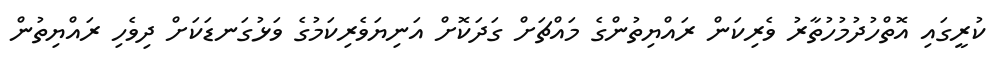
ކުރީގައި އޮތްހުދުމުހުތާރު ވެރިކަން ރައްޔިތުންގެ މައްޗަށް ގަދަކޮށް އަނިޔަވެރިކަމުގެ ވަޅުގަނޑަކަށް ދިވެހި ރައްޔިތުން